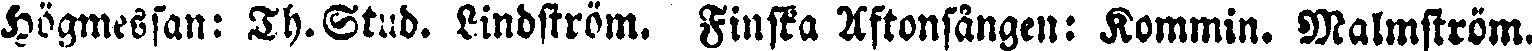
Högmessan: TH.Stud. Lindström. Finska Aftonsången: Kommin. Malmström.